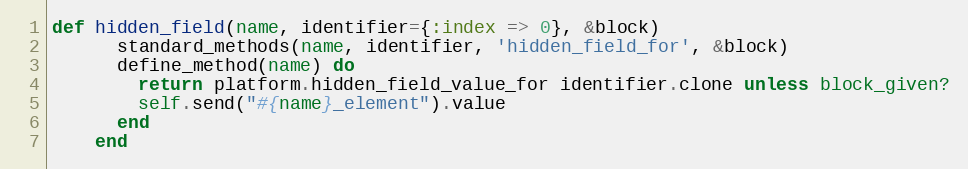
Language: Ruby
def hidden_field(name, identifier={:index => 0}, &block)
      standard_methods(name, identifier, 'hidden_field_for', &block)
      define_method(name) do
        return platform.hidden_field_value_for identifier.clone unless block_given?
        self.send("#{name}_element").value
      end
    end